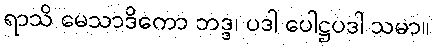
ရာသိ မေသာဒိကော ဘဒ္ဒ၊ ပဒါ ပေါဋ္ဌပဒါ သမာ။